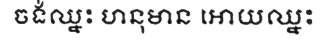
ចង់ឈ្នះ ហនុមាន អោយឈ្នះ